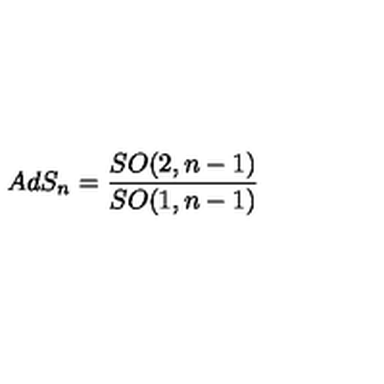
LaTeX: A d S _ { n } = \frac { S O ( 2 , n - 1 ) } { S O ( 1 , n - 1 ) }